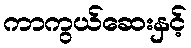
ကာကွယ်ဆေးနှင့်